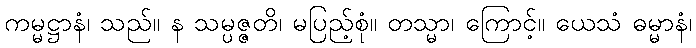
ကမ္မဋ္ဌာနံ၊ သည်။ န သမ္ပဇ္ဇတိ၊ မပြည့်စုံ။ တသ္မာ၊ ကြောင့်။ ယေသံ ဓမ္မာနံ၊